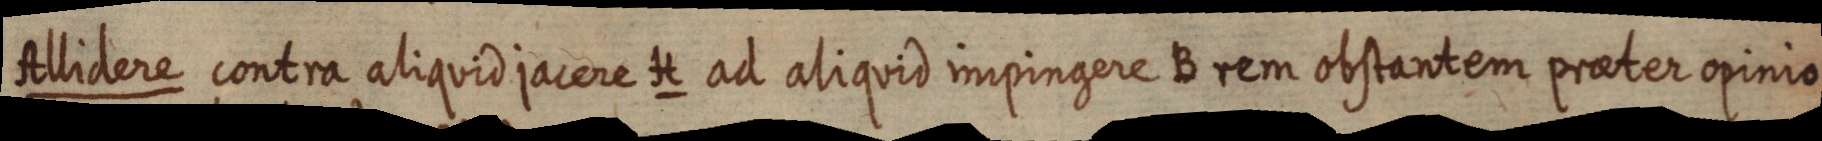
Allidere contra aliquid jacere H ad aliquid impingere B rem obstantem praeter opinio